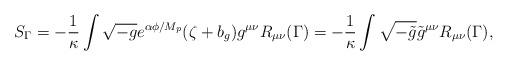
LaTeX: \begin{align*}S_{\Gamma}=-\frac{1}{\kappa}\int \sqrt{-g}e^{\alpha\phi/M_{p}}(\zeta +b_{g})g^{\mu\nu}R_{\mu\nu}(\Gamma) =-\frac{1}{\kappa}\int \sqrt{-\tilde{g}}\tilde{g}^{\mu\nu}R_{\mu\nu}(\Gamma),\end{align*}